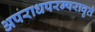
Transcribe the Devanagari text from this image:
अपराधपरम्परावृतं